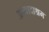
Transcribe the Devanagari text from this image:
आनादाश्रम